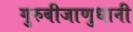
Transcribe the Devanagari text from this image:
गुरुबीजाणुधानी